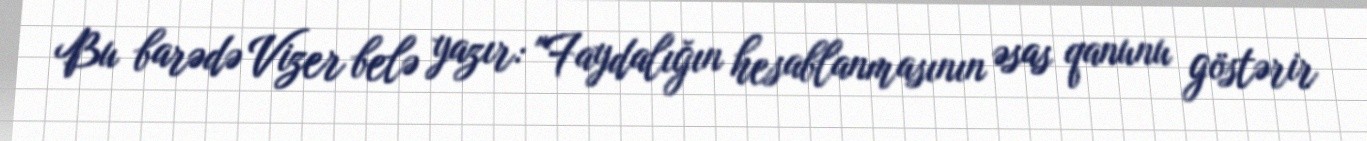
Bu barədə Vizer belə yazır: "Faydalığın hesablanmasının əsas qanunu göstərir